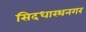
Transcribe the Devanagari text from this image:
सिदधारथनगर